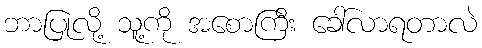
ဘာပြုလို့ သူ့ကို အစောကြီး ခေါ်လာရတာလဲ